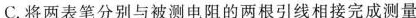
C.将两表笔分别与被测电阻的两根引线相接完成测量